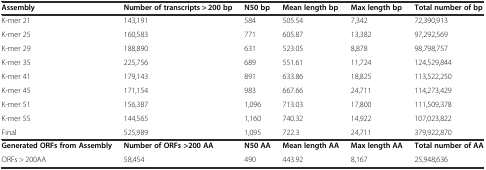
<table><thead><tr><td><b>Assembly</b></td><td><b>Number of transcripts &gt; 200 bp</b></td><td><b>N50 bp</b></td><td><b>Mean length bp</b></td><td><b>Max length bp</b></td><td><b>Total number of bp</b></td></tr></thead><tbody><tr><td>K-mer 21</td><td>143,191</td><td>584</td><td>505.54</td><td>7,342</td><td>72,390,913</td></tr><tr><td>K-mer 25</td><td>160,583</td><td>771</td><td>605.87</td><td>13,382</td><td>97,292,569</td></tr><tr><td>K-mer 29</td><td>188,890</td><td>631</td><td>523.05</td><td>8,878</td><td>98,798,757</td></tr><tr><td>K-mer 35</td><td>225,756</td><td>689</td><td>551.61</td><td>11,724</td><td>124,529,844</td></tr><tr><td>K-mer 41</td><td>179,143</td><td>891</td><td>633.86</td><td>18,825</td><td>113,522,250</td></tr><tr><td>K-mer 45</td><td>171,154</td><td>983</td><td>667.66</td><td>24,711</td><td>114,273,429</td></tr><tr><td>K-mer 51</td><td>156,387</td><td>1,096</td><td>713.03</td><td>17,800</td><td>111,509,378</td></tr><tr><td>K-mer 55</td><td>144,565</td><td>1,160</td><td>740.32</td><td>14,922</td><td>107,023,822</td></tr><tr><td>Final</td><td>525,989</td><td>1,095</td><td>722.3</td><td>24,711</td><td>379,922,870</td></tr><tr><td><b>Generated ORFs from Assembly</b></td><td><b>Number of ORFs &gt;200 AA</b></td><td><b>N50 AA</b></td><td><b>Mean length AA</b></td><td><b>Max length AA</b></td><td><b>Total number of AA</b></td></tr><tr><td>ORFs &gt; 200AA</td><td>58,454</td><td>490</td><td>443.92</td><td>8,167</td><td>25,948,636</td></tr></tbody></table>